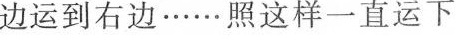
边运到右边……照这样一直运下